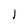
Character: l